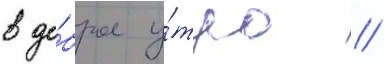
в до́брое у́тро /